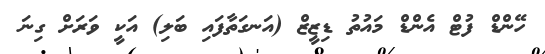
ހޭންޑް ފުޓް އެންޑް މައުތު ޑިޒީޒް (އަނގަތާފައި ބަލި) އަކީ ވަރަށް ގިނަ